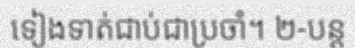
ទៀងទាត់ជាប់ជាប្រចាំ។ ២-បន្ត